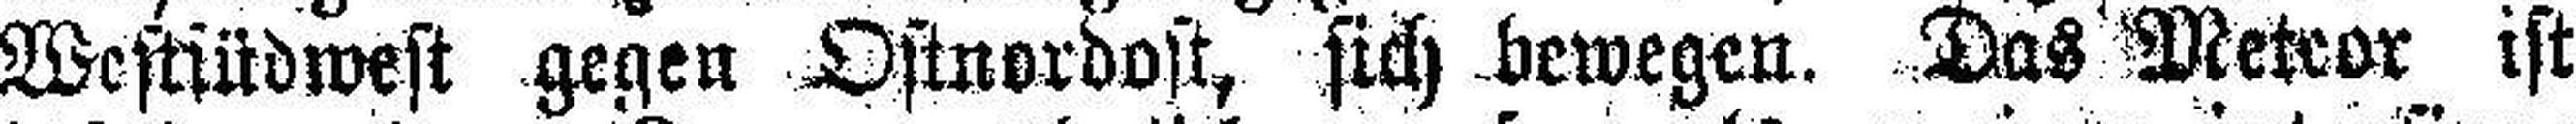
Westsüdwest gegen Ostnordost, sich bewegen. Das Meteor ist